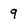
Character: 9